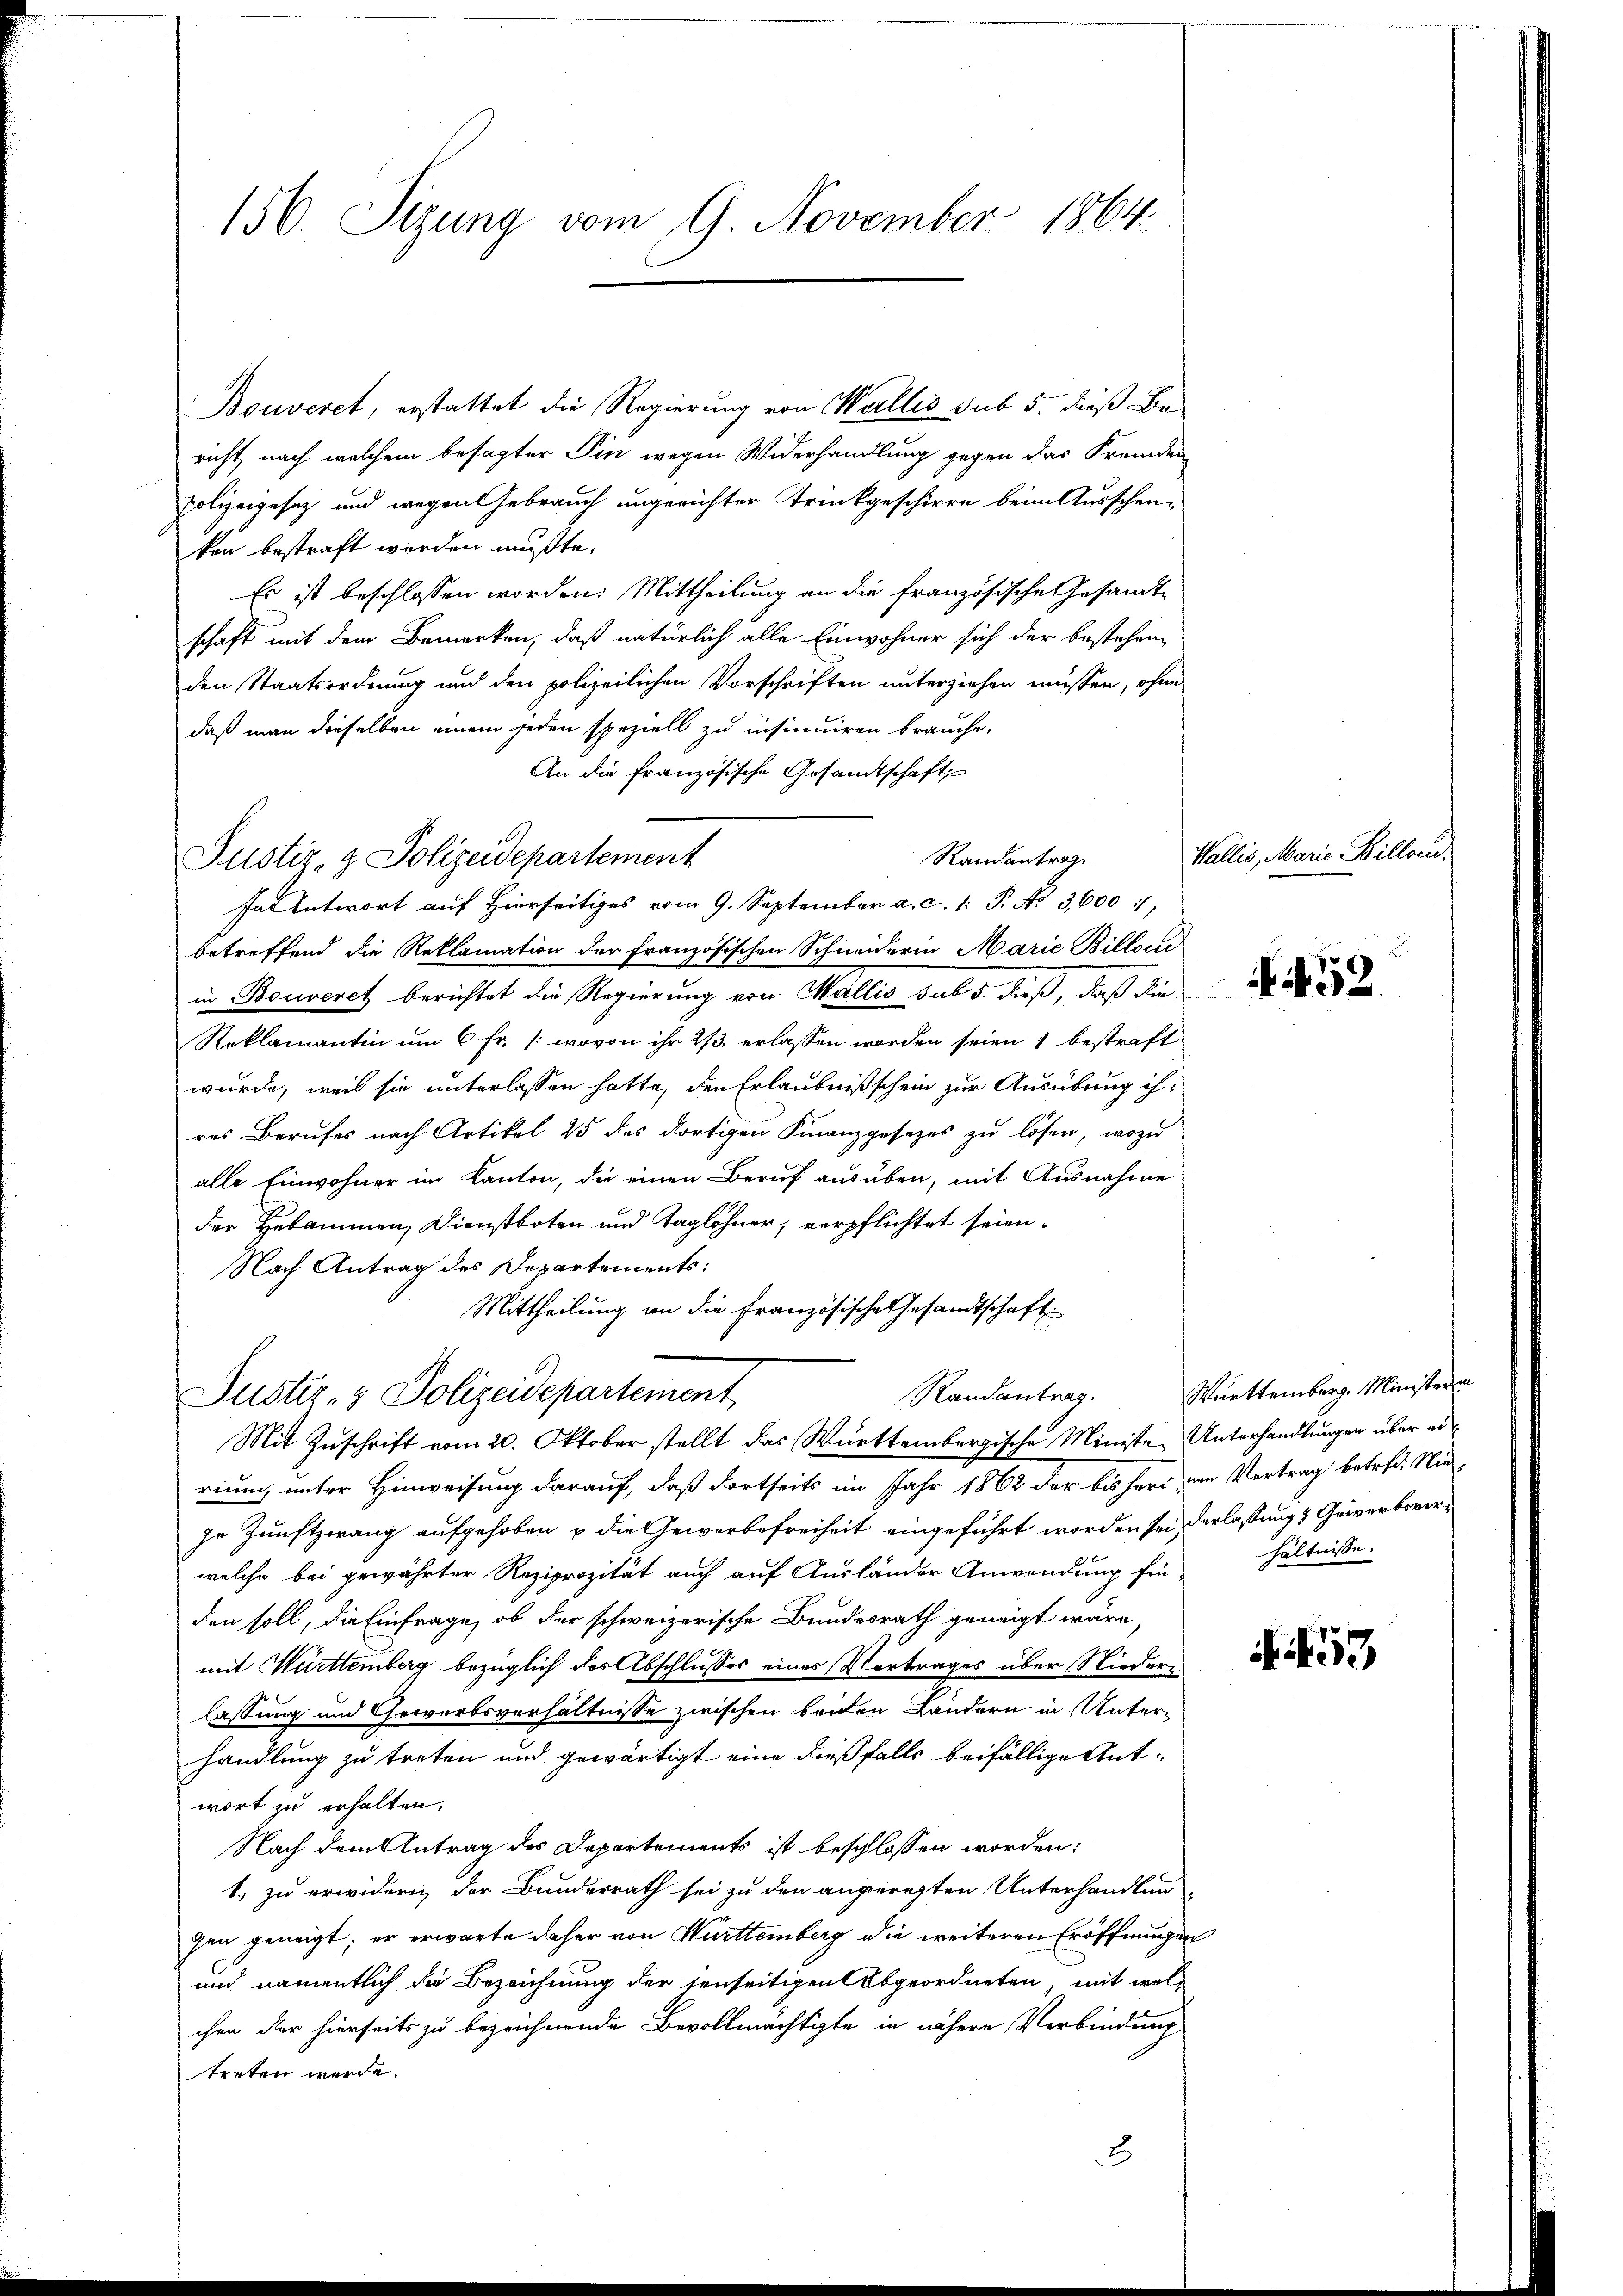
156. Sizung vom 9. November 1864.

Bouveret, erstattet die Regierung von Wallis sub 5. dieß Be-
richt, nach welchem besagter Sin wegen Widerhandlung gegen das Fremden
polizeigesez und wegen Gebrauch ungerichter Trinkgeschirre beim Ausschenken bestraft werden mußte.
Es ist beschlossen worden: Mittheilung an die französische Gesandtschaft mit dem Bemerken, daß natürlich alle Einwohner sich der bestehen,
den Staatsordnung und den polizeilichen Vorschriften unterziehen müssen, ohne
daß man dieselben einem jeden speziell zu insinuiren brauche.
An die französische Gesandtschaft
Randantrag.
fal Antwort auf Hierseitiges vom 9. September a. c. 1. P. No 3,600 1,
betreffend die Reklamation der Französischen Schneiderin Marie Billoru
in Benveret berichtet die Regierung von Wallis sub 5. dieß, daß die
Reklamantin um 6 Fr. (wovon ihr 2/3. erlassen worden seien 1 bestraft
wurde, weil sie unterlassen hatte, den Erlaubnißschein zur Ausübung ihres Berufes nach Artikel 25 des dortigen Finanzgesetzes zu lösen, wozu
alle Einwohner im Kanton, die einen Beruf ausüben, mit Ausnahme
der Hebammen, Dienstboten und Taglöhner, verpflichtet seien.
Nach Antrag des Departements:
Mittheilung an die Französische Gesandtschaft
Randantrag.
Justiz- & Polizeidepartement
Mit Zuschrift vom 20. Oktober stellt das Württembergische Ministe Unterhandlungen über erriung unter Hinweisung darauf, daß dortseits im Jahr 1862 der bisherr von Vertrag betret. Nie-
ze Zunftzwang aufgehoben u die Gewerbefreiheit eingeführt worden sei, derlassung & Gewerbsverwelche bei gewährter Reziprozität auch auf Ausländer Anwendung finhältnisse.
den soll, die Einfrage, ob der schweizerische Bundesrath geneigt wäre
mit Württemberg bezüglich des Abschlusses eines Vortrages über Niederlassung und Gewerbsverhältnisse zwischen beiden Ländern in Unterhandlung zu treten und gewärtigt eine dießfalls beifällige Antwort zu erhalten.
Nach dem Antrag des Departements ist beschlossen worden:
1. zu erwidern der Bunderrath sei zu den angeregten Unterhandlung
gen geneigt; er erwarte daher von Württemberg die weiteren Eröffnungen
und namentlich die Bezeichnung der senseitigen Abgeordneten, mit welchen der hierseits zu bezeichnende Bevollmächtigte in nähere Verbindung
treten werde.
2

Justiz- & Polizeidepartement

Wallis, Marie Billon

452.

Württemberg. Minister in

453